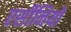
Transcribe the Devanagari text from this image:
एर्सीनियो